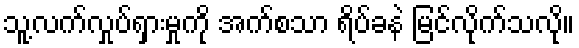
သူ့လက်လှုပ်ရှားမှုကို အက်စသာ ရိပ်ခနဲ မြင်လိုက်သလို။